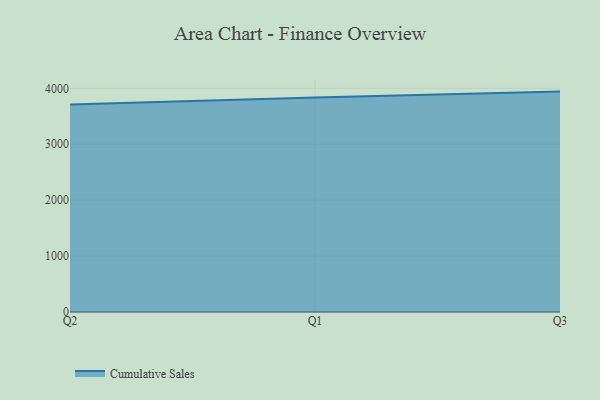
{"axis": {"x": "Quarter", "y": "Satisfaction Score"}, "legend": ["Cumulative Sales"], "data": [{"x": "Q2", "y": 3709.8, "type": "Cumulative Sales"}, {"x": "Q1", "y": 3835.7, "type": "Cumulative Sales"}, {"x": "Q3", "y": 3942.6, "type": "Cumulative Sales"}]}